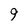
Character: 9